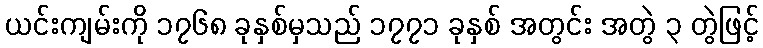
ယင်းကျမ်းကို ၁၇၆၈ ခုနှစ်မှသည် ၁၇၇၁ ခုနှစ် အတွင်း အတွဲ ၃ တွဲဖြင့်